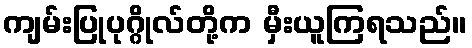
ကျမ်းပြုပုဂ္ဂိုလ်တို့က မှီးယူကြရသည်။